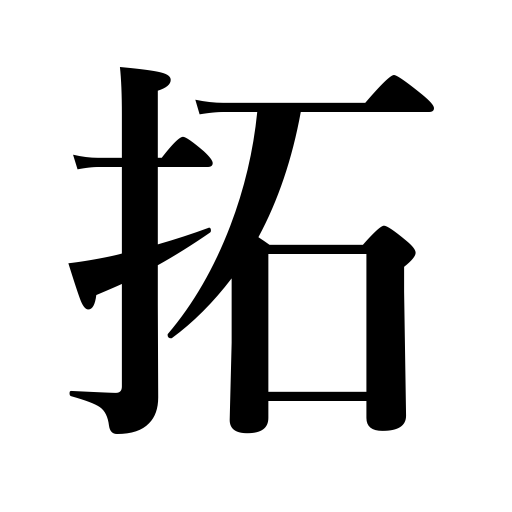
Meanings: open,break up land,clear